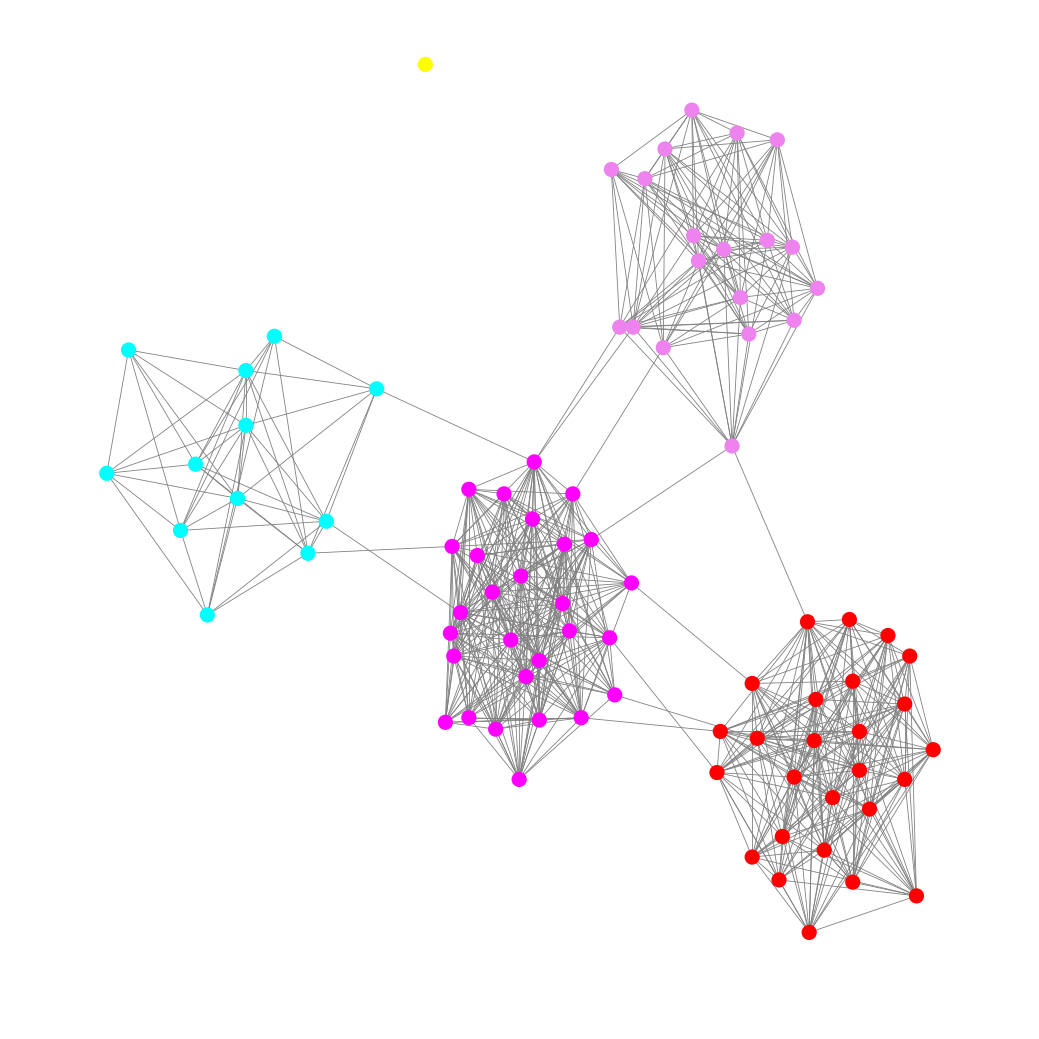
Graph connected: No
Number of connected components: 2
Number of singletons: 1
Total number of nodes: 86
Total number of edges: 675
Number of communities: 5
Community sizes:
Aqua: 12
Fuchsia: 28
Red: 26
Violet: 19
Yellow: 1
Graph layout: tda
Graph generation method: erdos_renyi